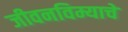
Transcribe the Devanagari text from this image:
जीवनविम्याचे